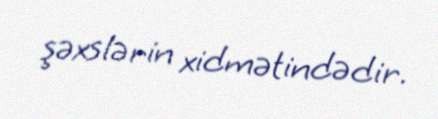
şəxslərin xidmətindədir.